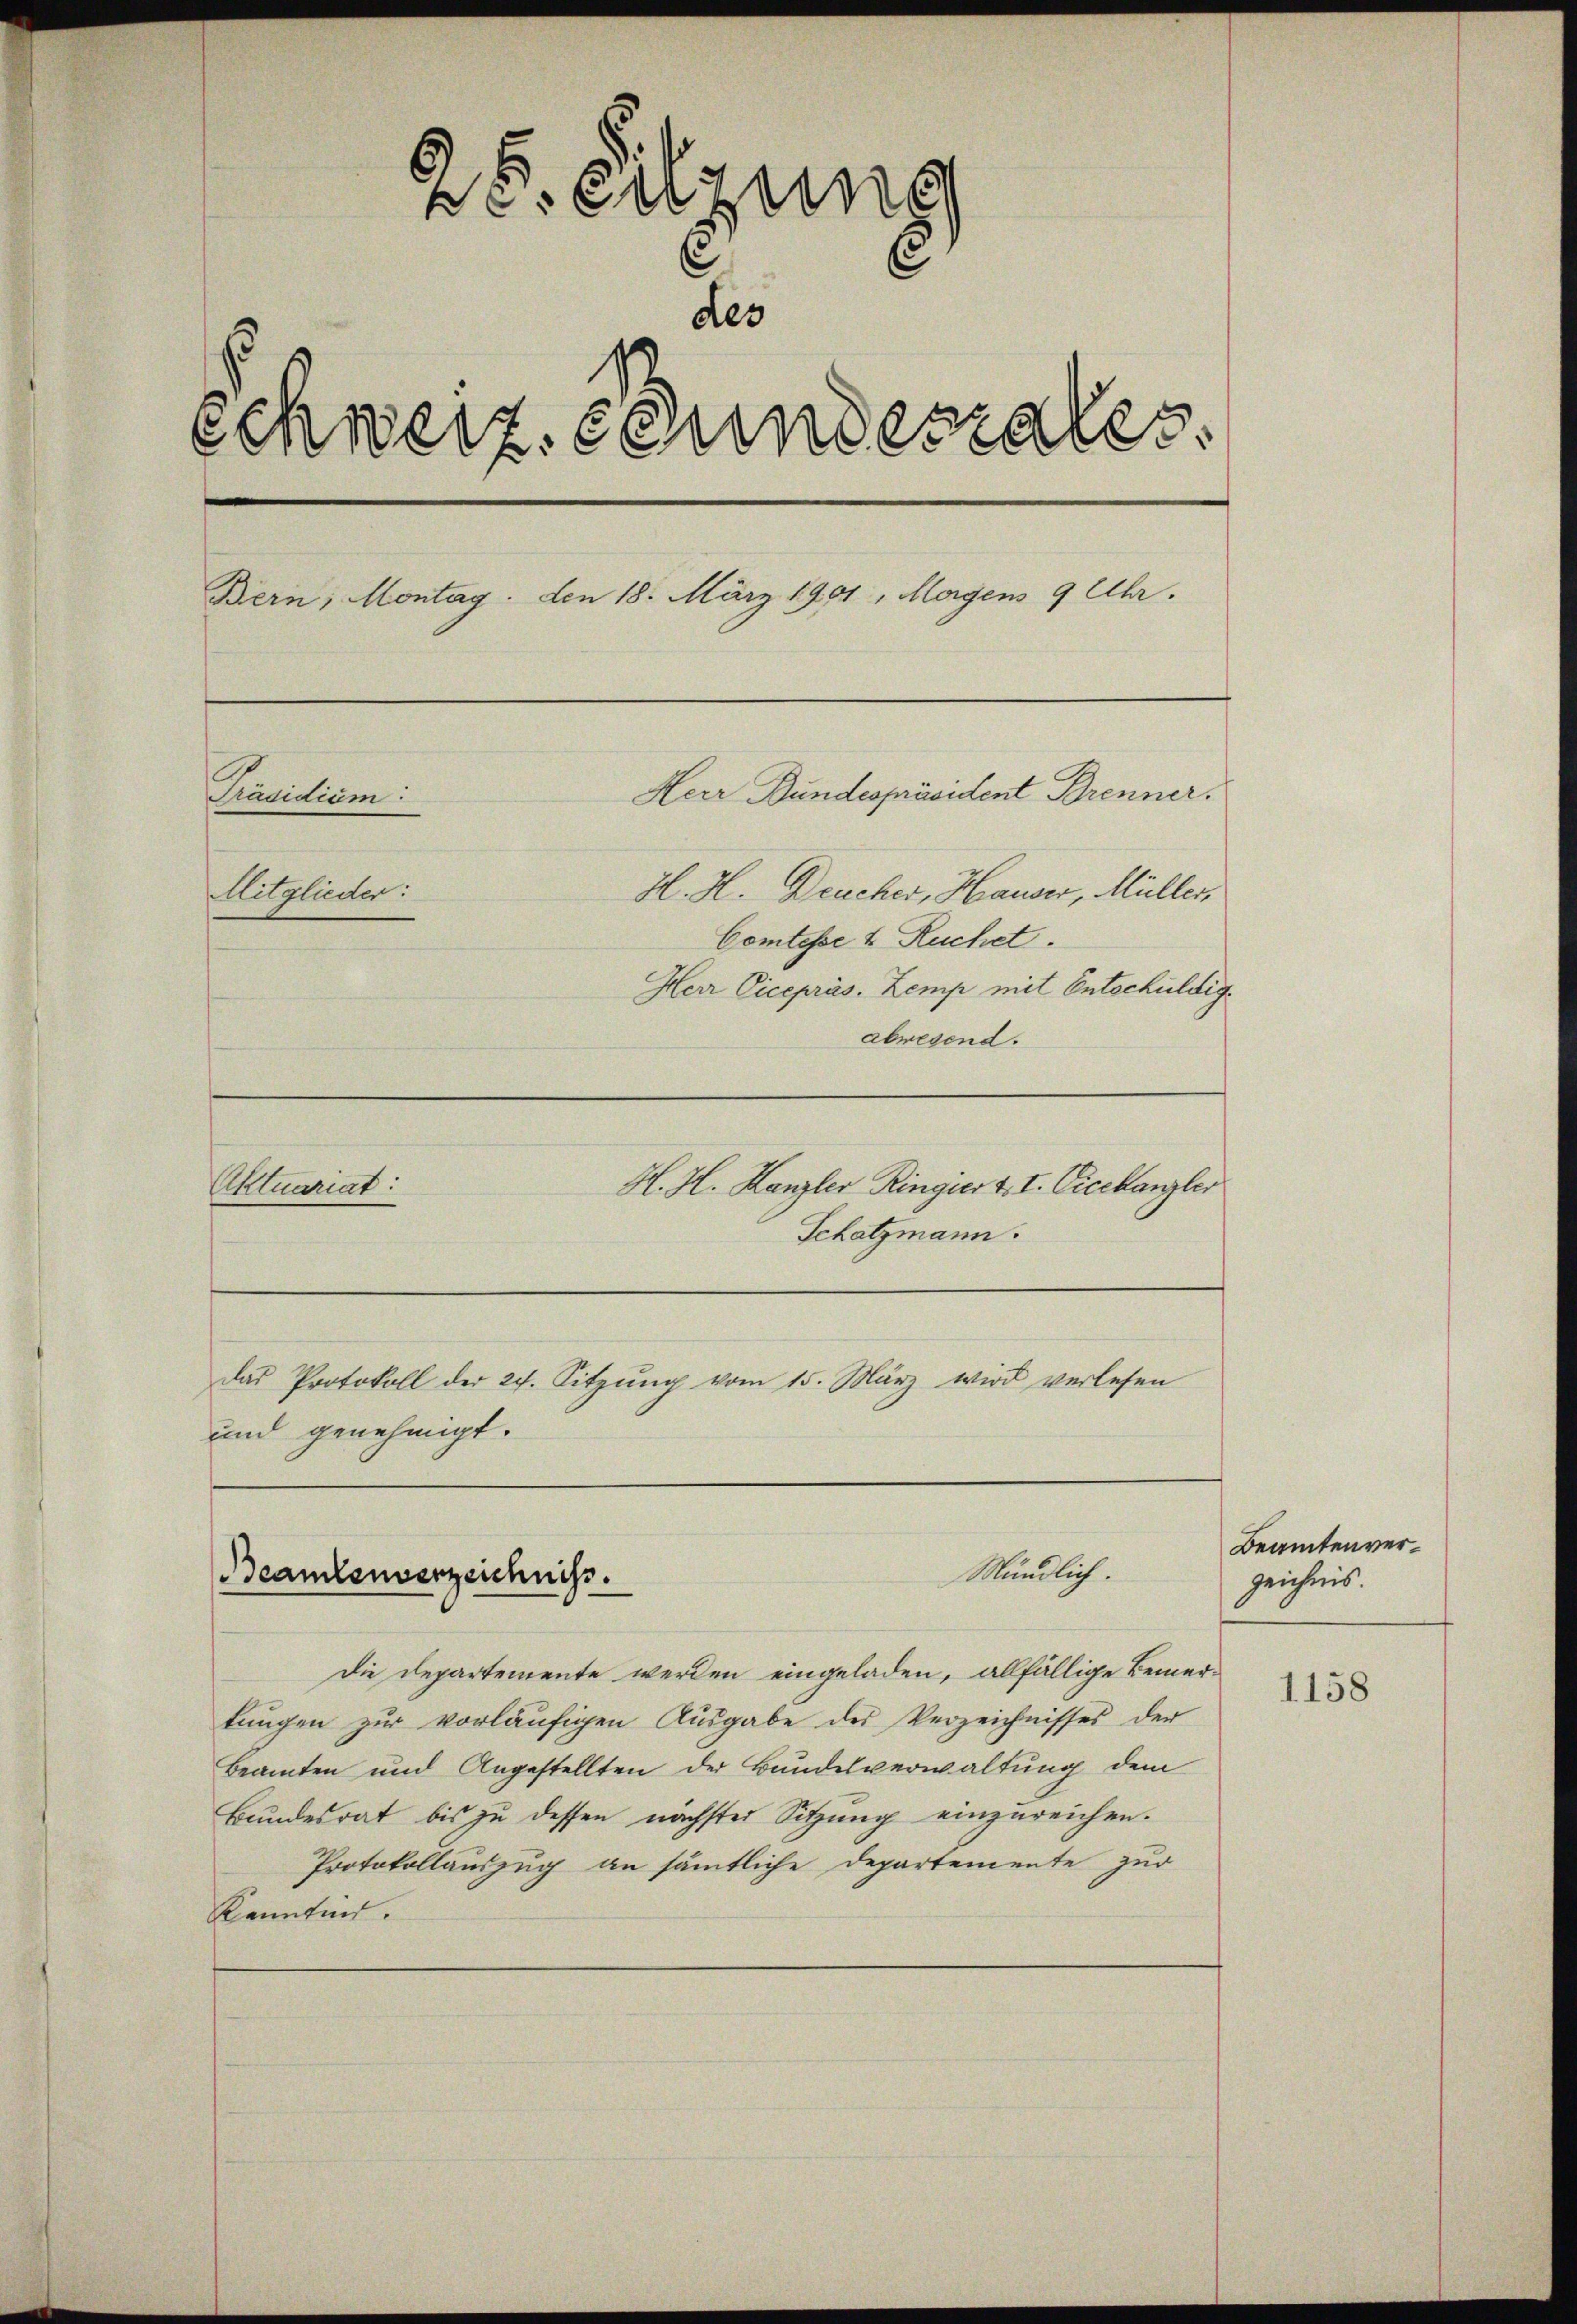
25. Sitzung

Schweiz. Stundestales.
Bern, Montag. Den 18. März 1901, Morgens 9 Uhr.
Herr Bundespräsident Brenner.
Präsidium
H. H. Deucher, Hauser, Müller,
Mitglieder:
Comtesse & Ruchet.
Herr Vicepräs. Zemp mit Entschuldig
abwesend.

H. H. Kanzler Ringier 4. I. Vicekanzler
Aktuariat:
Schatzmann.

das Protokoll der 27. Sitzŭng vom 15. März wird verlesen
und genehmigt.

Beamtenverzeichniss

Mündlich.

die Departemente werden eingeladen, allfällige Bemertungen zur vorläufigen Ausgabe des Verzeichnisses der
Beamten und Angestellten der Bundesverwaltung dem
Bundesrat bis zu dessen nächster Sitzung einzureichen.
Protokollauszug an sämmtliche Departemente zur
kanntnis.

Beamtenverzeichnis.

1158